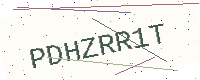
Text: PDHZRR1T